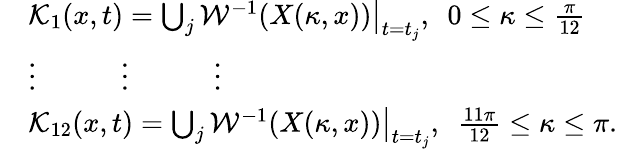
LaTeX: \begin{array}{rl}&{\mathcal{K}_{1}(x,t)=\bigcup_{j}\mathcal{W}^{-1}(X(\kappa,x))\big|_{t=t_{j}},\ \ 0\leq\kappa\leq\frac{\pi}{12}}\\ &{\vdots\ \ \ \ \ \ \ \ \ \ \ \ \vdots\ \ \ \ \ \ \ \ \ \ \ \ \vdots}\\ &{\mathcal{K}_{12}(x,t)=\bigcup_{j}\mathcal{W}^{-1}(X(\kappa,x))\big|_{t=t_{j}},\ \ \frac{11\pi}{12}\leq\kappa\leq\pi.}\end{array}